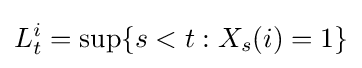
L_{t}^{i}=\sup\{s<t:X_{s}(i)=1\}